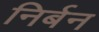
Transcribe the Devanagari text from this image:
निर्बन